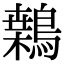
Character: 𪄐